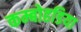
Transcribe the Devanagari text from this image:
कम्बोहडिया